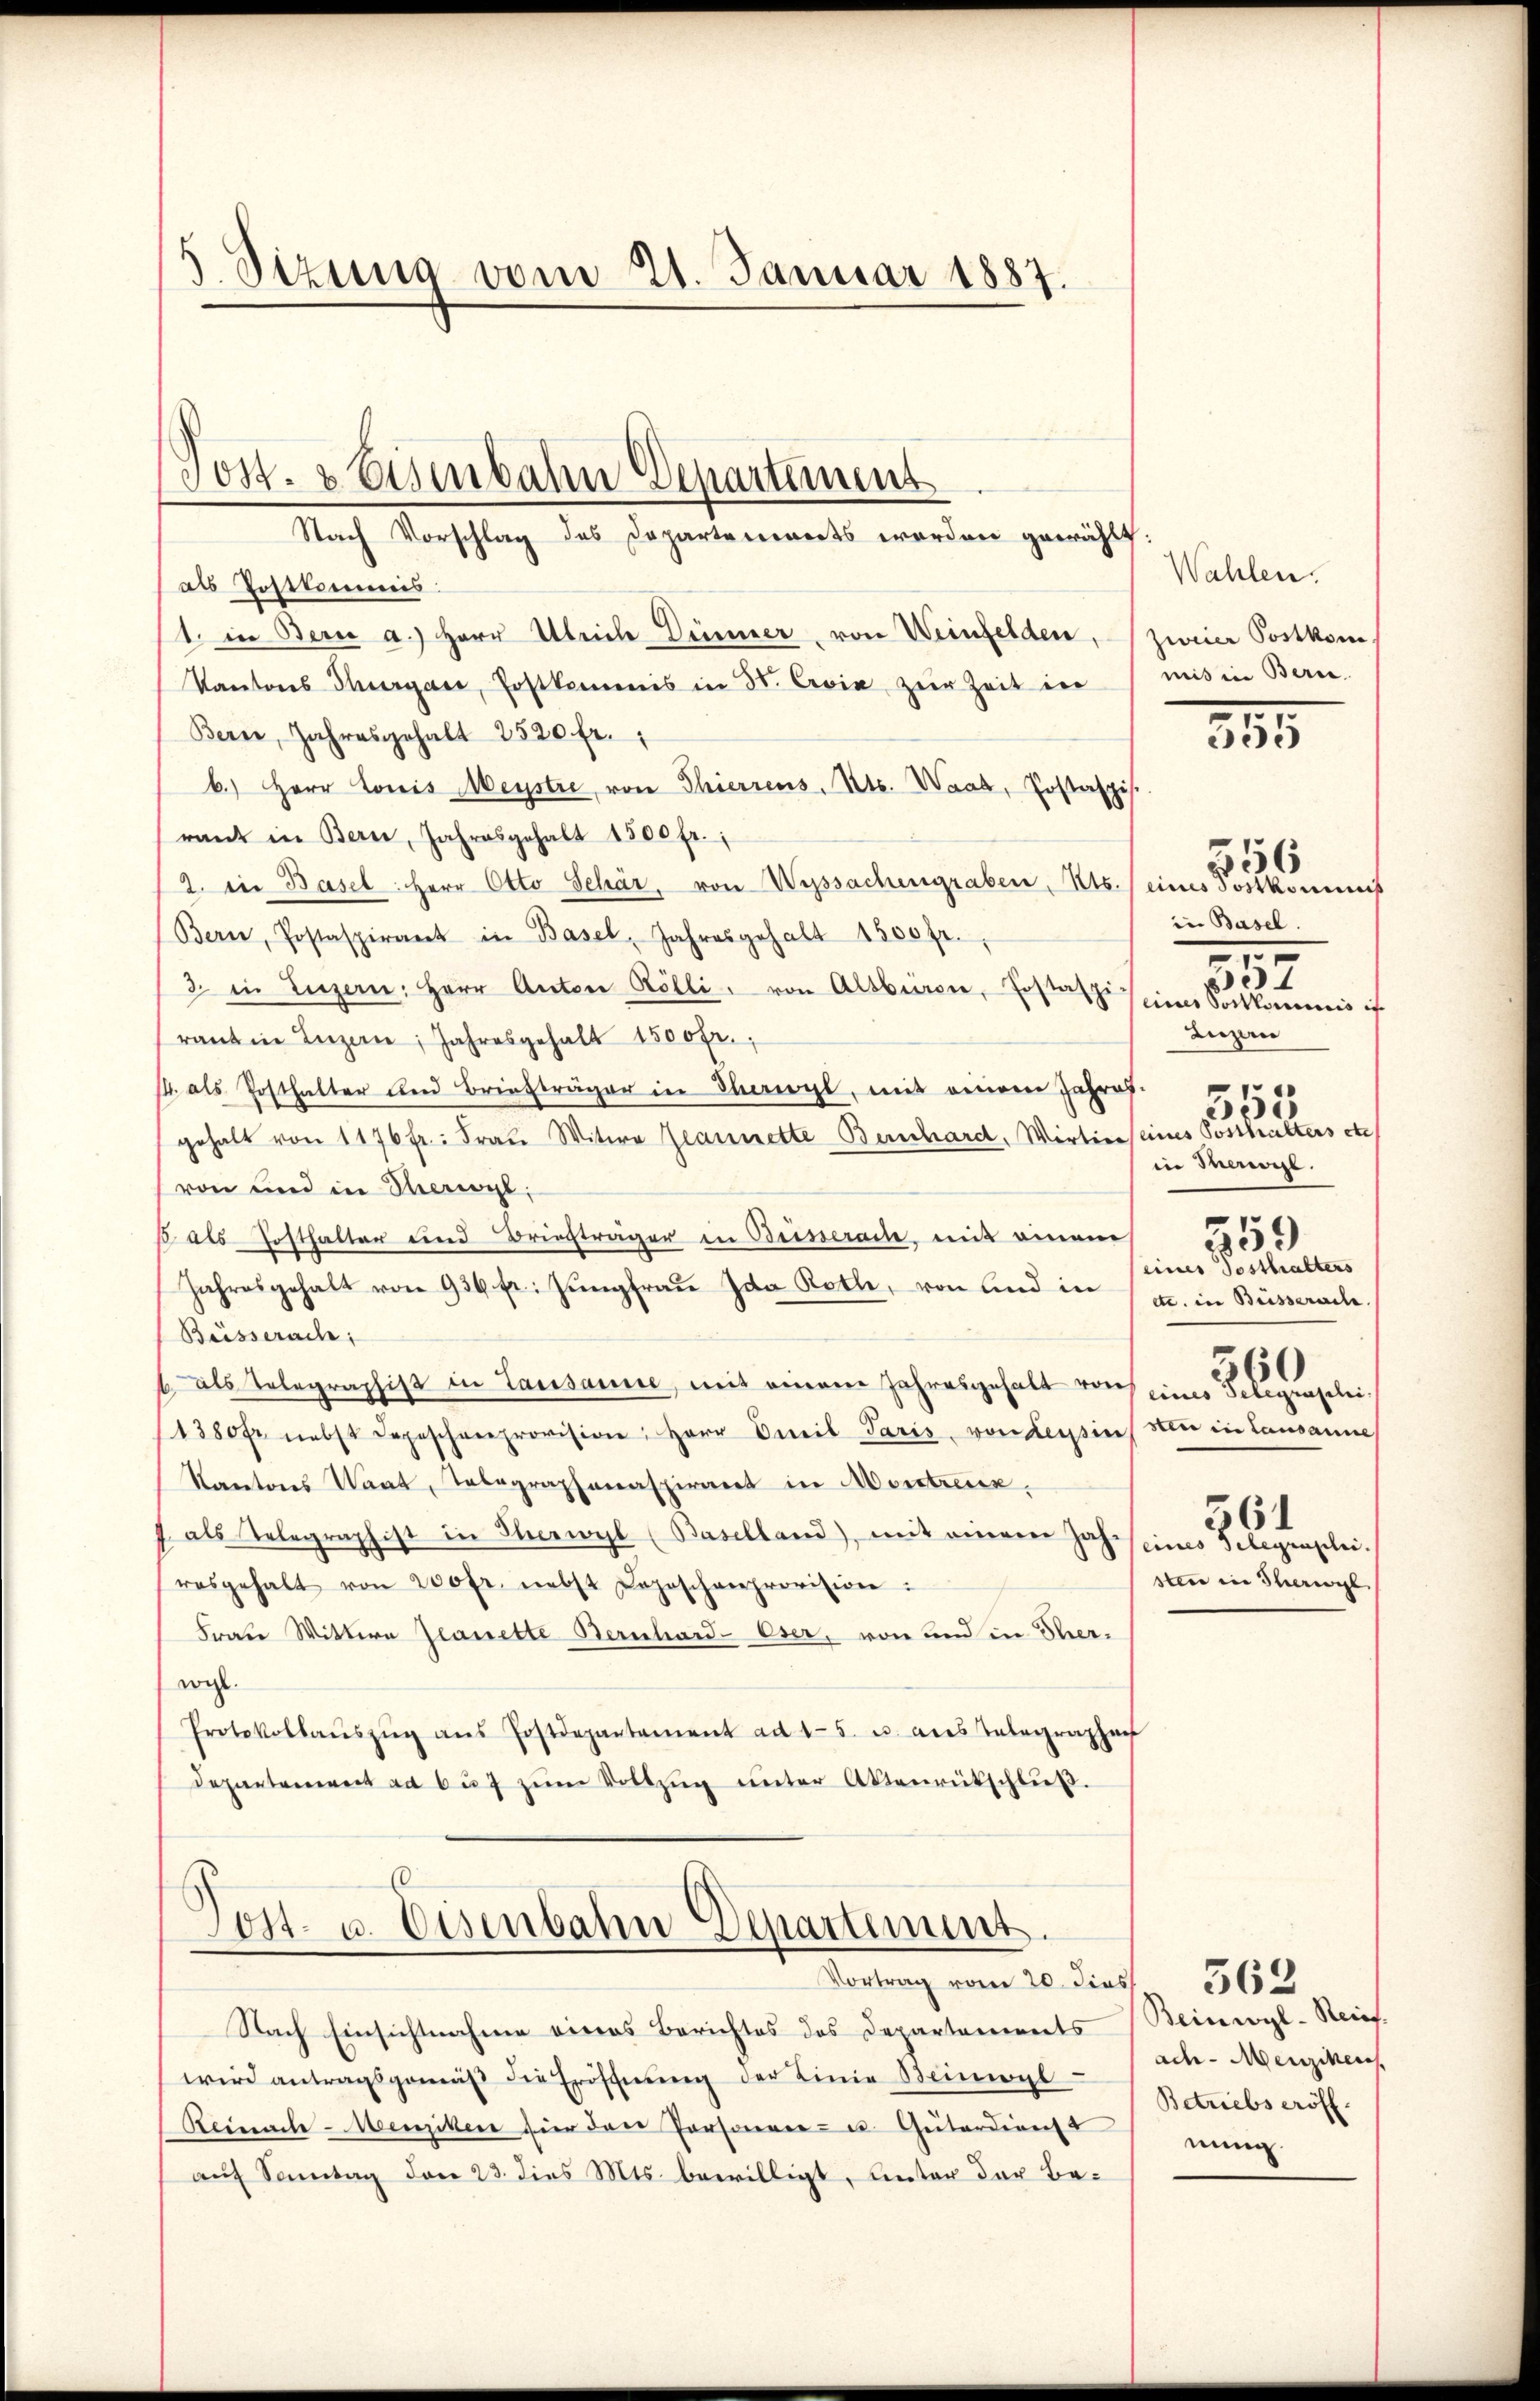
Sizung vom 21. Januar 1887.

als Postkommis
1. in Bern a.) Herr Ulriche Dimmer, von Weinfelden,
Kantons Thurgau, Erstkommis in 3. Cevia zur Zeit in
Bern, Jahresgehalt 2520 fr. 1
b.) Herr Louis Meystre, von Thierrens, Kts. Waab, Postaspis.
rant in Bern, Jahresgehalt 1500 fr.;
2. in Basel: Herr Otto Schär, von Wyssachengraben, Kts. (eines Postkommis
Bern, Postaspirant in Basel, Jahresgehalt 1500fr.
3. in Luzern: Herr Anton Rölli, von Altburger, Jostanz seiner Vorkommnis ich
rantin Luzern, Jahresgehalt 1500 fr.,
14. als Posthalter und Briefträger in Theil, mit einem Jahres.
gehalt von 1176 fr.: Fraŭ Witwe Jeannette Berchard, Wirtier eines Posthalters etc
von und in Therigl:
B als Hofthalter und Briefträger in Beiserain, mit einem
Jahresgehalt von 934 fr. Jungfrau Ida Rolle, von und in
Beisserach
6 als Telegraphist in Lausanne, mit einem Jahresgehalt von eines Telegraphi-
1380 fr. nebst Depeschenprovision, Herr Dreit Paris, von Tessin sei in Lausanne
Kantons Waat, Telegraphonaspirant in Montreux,
als Telegraphist in Therwyl (Baselland), mit einem Jahrosgehalt von 200fr. nebst Deposchenprovision:
Frate Wittwe Planette Bernhard-Oser, von und in Therwogl.
Protokollaŭszŭg aŭs Postdepartament ad 15. u. aus Telegraphe
departement ad 6 f zŭm Vollzŭg ŭnter Aktenrütschlŭβ.

Post- & Eisenbahn Departement
Nach Vorschlag des Departenwerts werden gewählt:

Tost- u. Eisenbahn Departement.
Vortrag vom 20. dies 362

Nach Einsichtnahme eines Berichtes des Departements Beinwyl-Reins.
wird antragsgemäβ die Eröfchnŭng der Linie Beinwyl
Reinach - Menziken hier das Personen- u. Guterdienst
auf Sonntag den 23. dies Mts. bewilligt, unter der Be¬

Wahlen.
zweier Postkom
mis in Bern.

335

in Basel.
Luzern
i
in Theil.
1
23
eines Posthalters
etc. in Busseraite.
56
561
eines Telegraphei.
sten in Therwyl

e
4

56

t

ach- Menziken.
Betriebseröff.
nung.